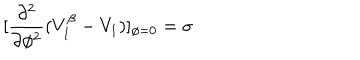
[ \frac { \partial ^ { 2 } } { \partial \phi ^ { 2 } } ( V _ { 1 } ^ { \beta } - V _ { 1 } ) ] _ { \phi = 0 } = \sigma